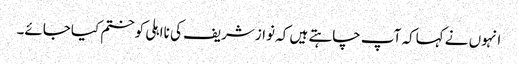
انہوں نے کہاکہ آپ چاہتے ہیں کہ نوازشریف کی نااہلی کوختم کیاجائے۔